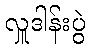
လှူဒါန်းပွဲ